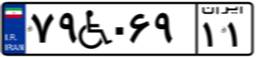
۷۹W۰۶۹۱۱